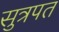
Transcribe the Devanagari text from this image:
सुत्रपत